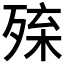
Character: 𣨚